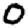
Digit: 0